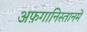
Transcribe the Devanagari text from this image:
अफ़गानिस्तानमें